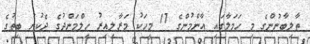
ތާލިބާނުންގެ މި ހަމަލާގައި އާންމުންގެ 17 މީހަކު މަރާލިއިރު ހިލްމަންދުގެ ދެކުނު ބިތުގެ